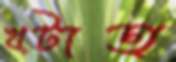
খটাত্